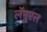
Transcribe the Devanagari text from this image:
लॅमुएल